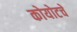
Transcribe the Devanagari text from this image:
कोयोटचे